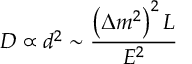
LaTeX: { \cal D } \propto d ^ { 2 } \sim \frac { \left( \Delta m ^ { 2 } \right) ^ { 2 } L } { E ^ { 2 } }